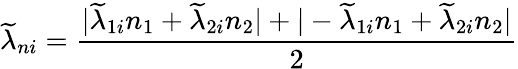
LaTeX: \widetilde{\lambda}_{ni}=\frac{|\widetilde{\lambda}_{1i}n_{1}+\widetilde{\lambda}_{2i}n_{2}|+|-\widetilde{\lambda}_{1i}n_{1}+\widetilde{\lambda}_{2i}n_{2}|}{2}